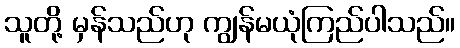
သူတို့ မှန်သည်ဟု ကျွန်မယုံကြည်ပါသည်။